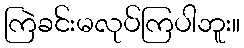
ကြဲခင်းမလုပ်ကြပါဘူး။